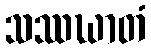
သဿဃာတံ